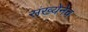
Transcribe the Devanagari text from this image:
संख्येनेच